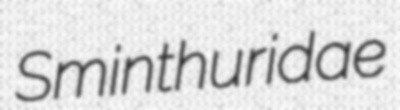
Sminthuridae